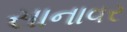
સાનાવર